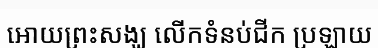
អោយព្រះសង្ឃ លើកទំនប់ជីក ប្រឡាយ